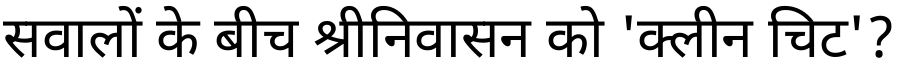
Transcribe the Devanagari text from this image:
सवालों के बीच श्रीनिवासन को 'क्लीन चिट'?